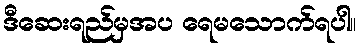
ဒီဆေးရည်မှအပ ရေမသောက်ရပါ။